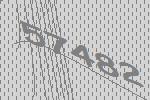
57482